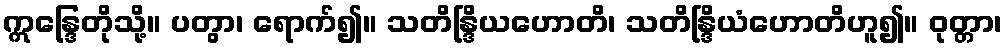
ဣန္ဒြေတိုသို့။ ပတွာ၊ ရောက်၍။ သတိန္ဒြိယဟောတိ၊ သတိန္ဒြိယံဟောတိဟူ၍။ ဝုတ္တာ၊